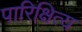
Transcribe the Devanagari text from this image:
पारिक्षित्य